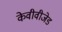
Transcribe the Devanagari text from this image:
केवीवीजेड